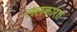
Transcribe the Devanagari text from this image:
ललकारत